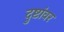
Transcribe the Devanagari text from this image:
दुष्टांवर